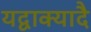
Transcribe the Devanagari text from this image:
यद्वाक्यादै